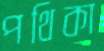
পথিকা